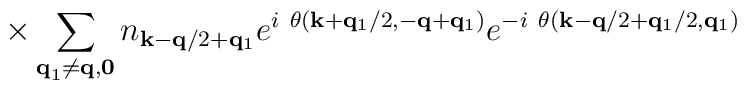
\times\sum_{ {\bf{q}}_{1} \neq {\bf{q}}, {\bf{0}} }n_{ {\bf{k}} - {\bf{q}}/2 + {\bf{q}}_{1} }e^{i\mbox{  }\theta({\bf{k}} + {\bf{q}}_{1}/2, -{\bf{q}} + {\bf{q}}_{1})}e^{-i\mbox{  }\theta({\bf{k}} - {\bf{q}}/2  + {\bf{q}}_{1}/2, {\bf{q}}_{1})}